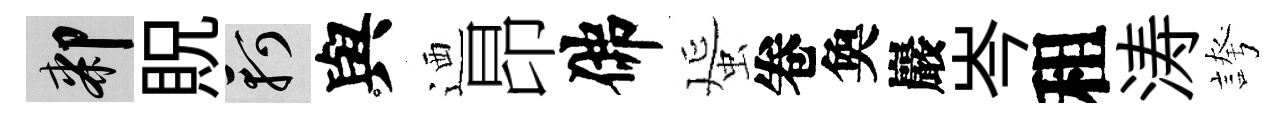
膝貺軻與迺昂佛蜑卷奐巖岑租涛誇